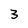
Character: 3